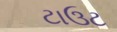
ટાઉટ